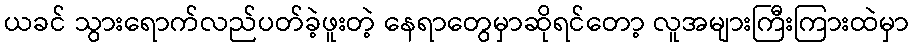
ယခင် သွားရောက်လည်ပတ်ခဲ့ဖူးတဲ့ နေရာတွေမှာဆိုရင်တော့ လူအများကြီးကြားထဲမှာ